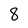
Character: 8